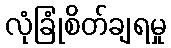
လုံခြုံစိတ်ချရမှု